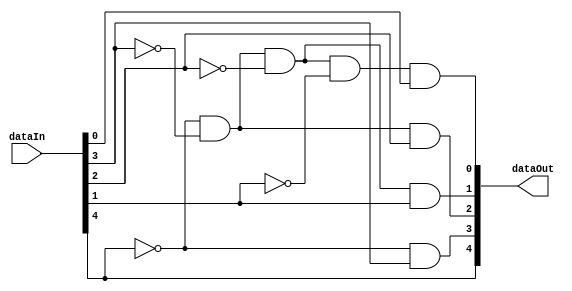
module highestBit5 (dataIn, dataOut);

input    [4:0]      dataIn;
output   [4:0]      dataOut;

assign dataOut [4] = dataIn[4];
assign dataOut [3] = ~dataIn[4] && dataIn[3];
assign dataOut [2] = ~dataIn[4] && ~dataIn[3] && dataIn[2];
assign dataOut [1] = ~dataIn[4] && ~dataIn[3] && ~dataIn[2] && dataIn[1]; 
assign dataOut [0] = ~dataIn[4] && ~dataIn[3] && ~dataIn[2] && ~dataIn[1] && dataIn[0];

endmodule